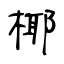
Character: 椰